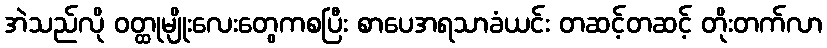
အဲသည်လို ဝတ္ထုမျိုးလေးတွေကစပြီး စာပေအရသာခံယင်း တဆင့်တဆင့် တိုးတက်လာ